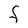
Character: F